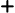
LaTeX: \texttt{+}